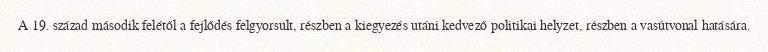
A 19. század második felétől a fejlődés felgyorsult, részben a kiegyezés utáni kedvező politikai helyzet, részben a vasútvonal hatására.